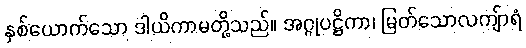
နှစ်ယောက်သော ဒါယိကာမတို့သည်။ အဂ္ဂုပဋ္ဌိကာ၊ မြတ်သောလကျ်ာရံ